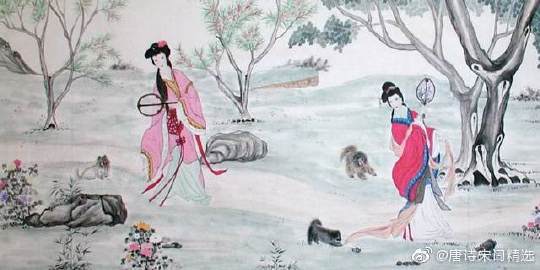
见梨花初带夜月，海棠半含朝雨。